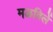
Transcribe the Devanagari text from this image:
मळविलें